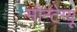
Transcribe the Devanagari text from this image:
मौन्टेग्यू